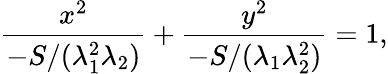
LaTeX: {\frac{x^{2}}{-S/(\lambda_{1}^{2}\lambda_{2})}}+{\frac{y^{2}}{-S/(\lambda_{1}\lambda_{2}^{2})}}=1,